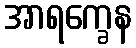
အာရက္ခေန